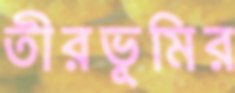
তীরভূমির